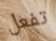
تفعل